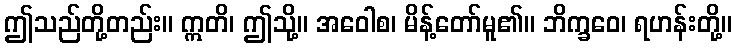
ဤသည်တို့တည်း။ ဣတိ၊ ဤသို့။ အဝေါစ၊ မိန့်တော်မူ၏။ ဘိက္ခဝေ၊ ရဟန်းတို့။